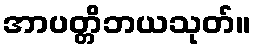
အာပတ္တိဘယသုတ်။